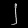
Digit: ၂